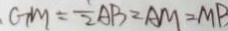
G M = \frac { 1 } { 2 } A B = A M = M P